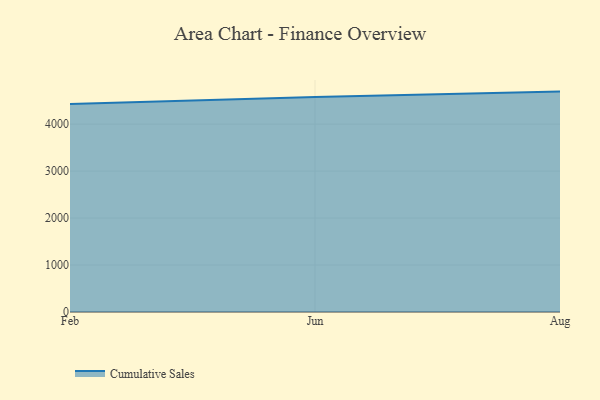
{"axis": {"x": "Month", "y": "Bounce Rate (%)"}, "legend": ["Cumulative Sales"], "data": [{"x": "Feb", "y": 4428.4, "type": "Cumulative Sales"}, {"x": "Jun", "y": 4579.4, "type": "Cumulative Sales"}, {"x": "Aug", "y": 4692.5, "type": "Cumulative Sales"}]}